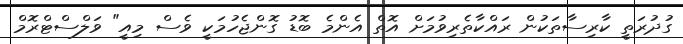
ގުދުރަތީ ކާރިސާތަކުން ރައްކާތެރިވުމަށް އޮތް އެންމެ ބޮޑު ގޮންޖެހުމަކީ ވެސް މިއީ" ވަލްސްޓްރޮމް